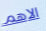
الاهم